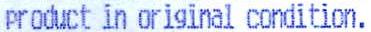
PRODUCT IN ORIGINAL CONDITION.